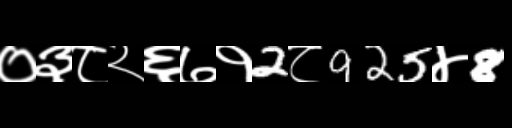
Text: ०३८२६७१2८925४8